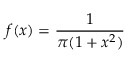
f ( x ) = { \frac { 1 } { \pi ( 1 + x ^ { 2 } ) } }